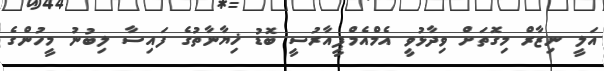
އަލީ ނިޒާރް މިގޮތަށް ވިދާޅުވީ އެމްއެމްޕީއާރުސީ ބޮޑު ޚިޔާނާތުގެ ފައިސާ ލިބުނު މީހުންގެ